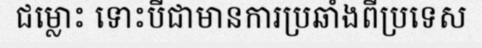
ជម្លោះ ទោះបីជាមានការប្រឆាំងពីប្រទេស